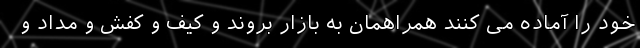
خود را آماده می کنند همراهمان به بازار بروند و کیف و کفش و مداد و